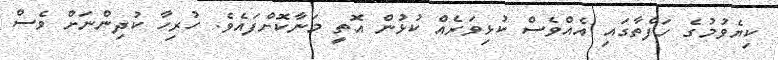
ކިޔެވުމުގެ ހަފްތާގައި އެއްވެސް ކުޅިވަރެއް ކުޅުން އޮތީ މަނާކޮށްފައެވެ. ހުރިހާ ކުދިންނަށް ވެސް